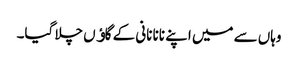
وہاں سے میں اپنے نانا نانی کے گاﺅں چلا گیا۔